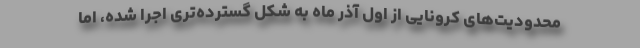
محدودیت‌های کرونایی از اول آذر ماه به شکل گسترده‌تری اجرا شده، اما